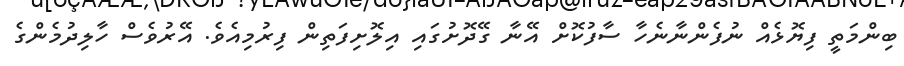
ބިންމަތީ ފިޔޮޅެއް ނުފެންނާނެހާ ސާފުކޮށް އޭނާ ގޭދޮށުގައި އިލޮށިފަތިން ފިރުމިއެވެ. އޭރުވެސް ހާލިދުމެންގެ